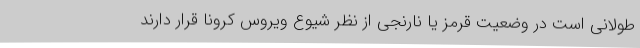
طولانی است در وضعیت قرمز یا نارنجی از نظر شیوع ویروس کرونا قرار دارند